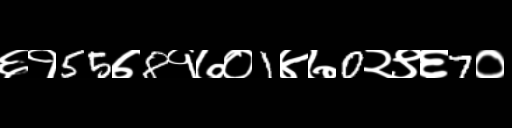
Text: ६१55७8१७०1४७0२९६7०